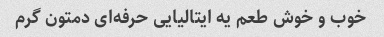
خوب و خوش طعم یه ایتالیایی حرفه‌ای دمتون گرم